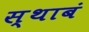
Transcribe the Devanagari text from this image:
स्थाबं